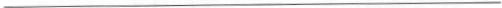
+++